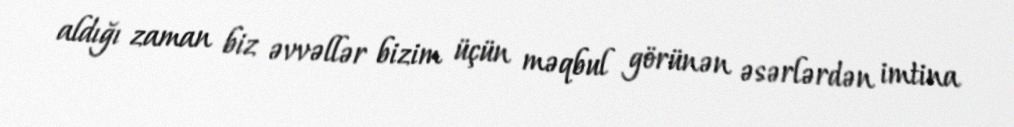
aldığı zaman biz əvvəllər bizim üçün məqbul görünən əsərlərdən imtina